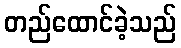
တည်ထောင်ခဲ့သည်